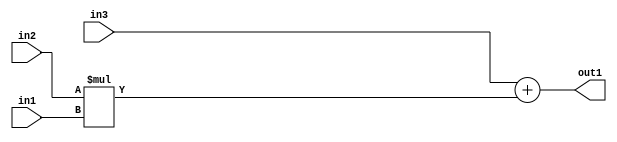
`timescale 1ps / 1ps
/*****************************************************************************
    Verilog RTL Description
    
    
    Created by: Stratus DpOpt 2019.1.01 
*******************************************************************************/

module st_feature_addr_gen_Add2Mul2u8u16u16_4_0 (
	in3,
	in2,
	in1,
	out1
	); /* architecture "behavioural" */ 
input [15:0] in3,
	in2;
input [7:0] in1;
output [15:0] out1;
wire [15:0] asc001;

wire [15:0] asc001_tmp_0;
assign asc001_tmp_0 = 
	+(in3);
assign asc001 = asc001_tmp_0
	+(in2 * in1);

assign out1 = asc001;
endmodule

/* CADENCE  uLHwTAg= : u9/ySgnWtBlWxVPRXgAZ4Og= ** DO NOT EDIT THIS LINE ******/